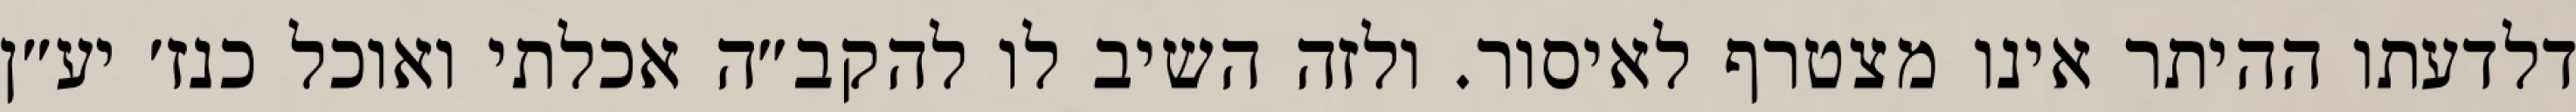
דלדעתו ההיתר אינו מצטרף לאיסור. ולזה השיב לו להקב״ה אכלתי ואוכל כנז׳ יע״ן